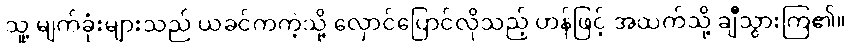
သူ့ မျက်ခုံးများသည် ယခင်ကကဲ့သို့ လှောင်ပြောင်လိုသည့် ဟန်ဖြင့် အထက်သို့ ချီသွားကြ၏။